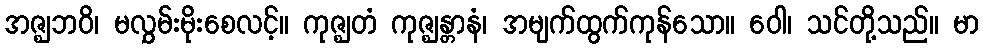
အဇ္ဈဘဝိ၊ မလွှမ်းမိုးစေလင့်။ ကုဇ္ဈတံ ကုဇ္ဈန္တာနံ၊ အမျက်ထွက်ကုန်သော။ ဝေါ၊ သင်တို့သည်။ မာ